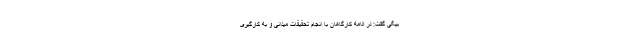
بیگی گفت: در ادامه کارگاهان با انجام تحقیقات میدانی و به کارگیری